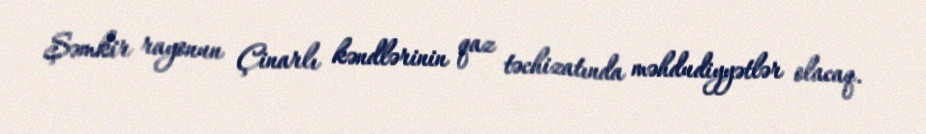
Şəmkir rayonun Çinarlı kəndlərinin qaz təchizatında məhdudiyyətlər olacaq.